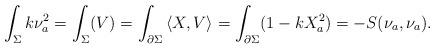
LaTeX: \begin{align*}\int_\Sigma k \nu_a^2=\int_\Sigma (V)&=\int_{\partial \Sigma} \left\langle{X,V}\right\rangle=\int_{\partial \Sigma} (1-k X_a^2)=-S(\nu_a, \nu_a).\end{align*}